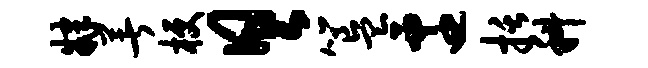
肄著梗具簋迁括科